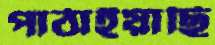
পাঠাইয়াছি